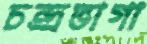
চন্দ্রভাগা